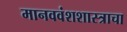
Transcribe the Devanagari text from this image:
मानववंशशास्त्राचा